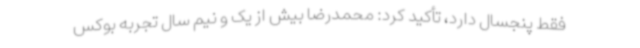
فقط پنجسال دارد، تأکید کرد: محمدرضا بیش از یک و نیم سال تجربه بوکس